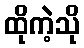
ထိုကဲ့သို